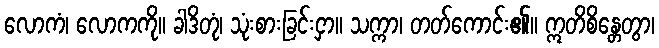
လောကံ၊ လောကကို။ ခါဒိတုံ၊ သုံးစားခြင်းငှာ။ သက္ကာ၊ တတ်ကောင်း၏။ ဣတိစိန္တေတွာ၊